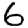
Digit: 6